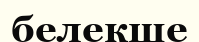
белекше